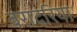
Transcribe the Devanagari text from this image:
बरादरिया